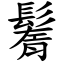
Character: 鬌